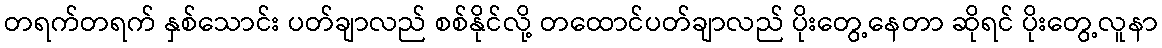
တရက်တရက် နှစ်သောင်း ပတ်ချာလည် စစ်နိုင်လို့ တထောင်ပတ်ချာလည် ပိုးတွေ့နေတာ ဆိုရင် ပိုးတွေ့လူနာ